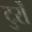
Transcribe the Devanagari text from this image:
टुर्रों